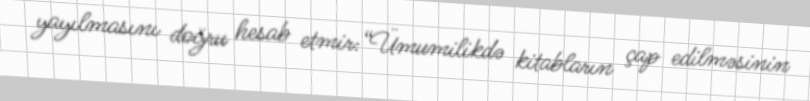
yayılmasını doğru hesab etmir:“Ümumilikdə kitabların çap edilməsinin